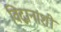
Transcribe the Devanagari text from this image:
विद्वानांशी